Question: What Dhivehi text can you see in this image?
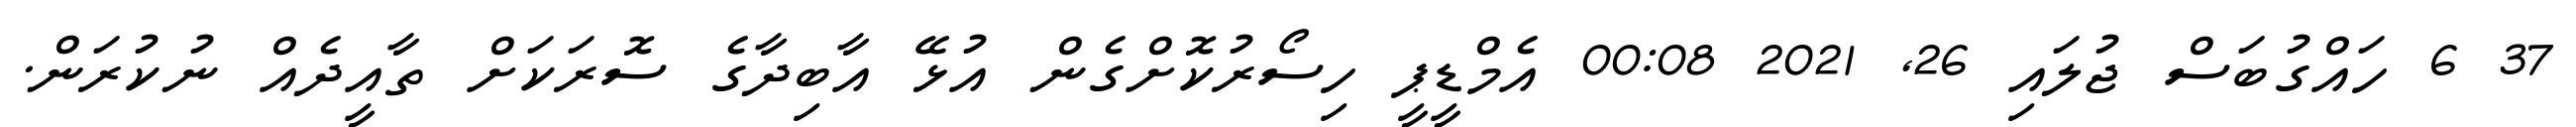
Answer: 37 6 ހައްގުބަސް ޖުލައި 26, 2021 00:08 އެމްޑީޕީ ހިސޯރުކޮށްގެން އުޅޭ އާބިދާގެ ސޮރަކަށް ތާއީދެއް ނުކުރަން.